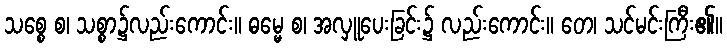
သစ္စေ စ၊ သစ္စာ၌လည်းကောင်း။ ဓမ္မေ စ၊ အလှူပေးခြင်း၌ လည်းကောင်း။ တေ၊ သင်မင်းကြီး၏။